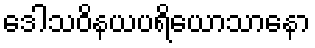
ဒေါသဝိနယပရိယောသာနော